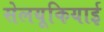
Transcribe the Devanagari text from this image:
सेलयूकियाई